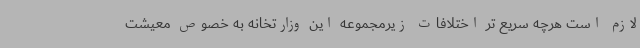
لازم است هرچه سریع تر اختلافات زیرمجموعه این وزارتخانه به خصوص معیشت